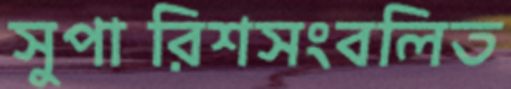
সুপারিশসংবলিত